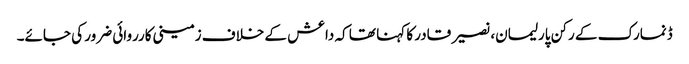
ڈنمارک کے رکن پارلیمان، نصیر قادر کا کہنا تھا کہ داعش کے خلاف زمینی کارروائی ضرور کی جائے۔